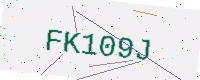
Text: FK109J